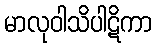
မာလုဝါသိပါဋိကာ